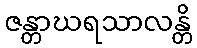
ဇန္တာဃရသာလန္တိ